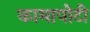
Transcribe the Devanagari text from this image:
कामापोटी